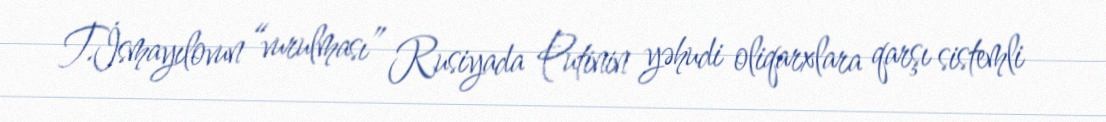
T.İsmayılovun “vurulması” Rusiyada Putinin yəhudi oliqarxlara qarşı sistemli